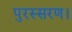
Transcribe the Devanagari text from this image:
पुरस्सरण।